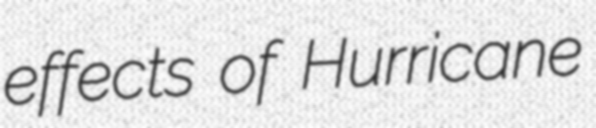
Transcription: effects of Hurricane